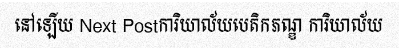
នៅឡើយ Next Postការិយាល័យបេតិកភណ្ឌ ការិយាល័យ